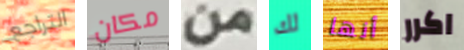
التراجع مكان من لك أنها اكرر